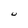
Character: U